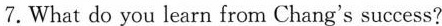
7.What do you learn from Chang's success?